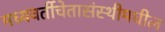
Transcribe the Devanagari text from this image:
मध्यवर्तीचेतासंस्थीमधील